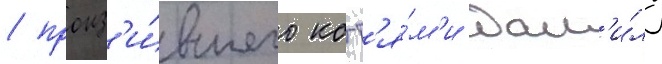
/ пронз'и́вшего когт'я́м'и дан'и́лу